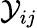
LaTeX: \mathcal{Y}_{ij}